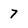
Character: 7